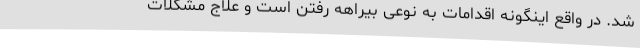
شد. در واقع اینگونه اقدامات به نوعی بیراهه رفتن است و علاج مشکلات